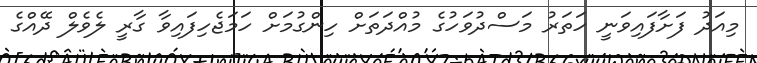
މިއަދު ފަށާފައިވަނީ ހަތަރު މަސްދުވަހުގެ މުއްދަތަށް ހިންގުމަށް ހަމަޖެހިފައިވާ ގާރީ ލެވެލް ދޭއްގެ